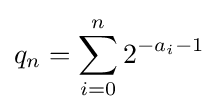
q_{n}=\sum _{i=0}^{n}2^{-a_{i}-1}